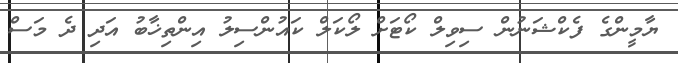
ޔާމީންގެ ފެކްޝަނުން ސިވިލް ކޯޓަށް ލޯކަލް ކައުންސިލު އިންތިޚާބު އަދި ދެ މަސް